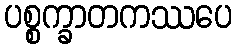
ပစ္စက္ခာတကဿပေ